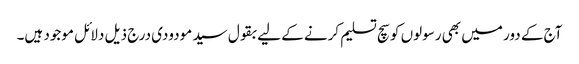
آج کے دور میں بھی رسولوں کو سچ تسلیم کرنے کے لیے بقول سید مودودی درج ذیل دلائل موجود ہیں۔